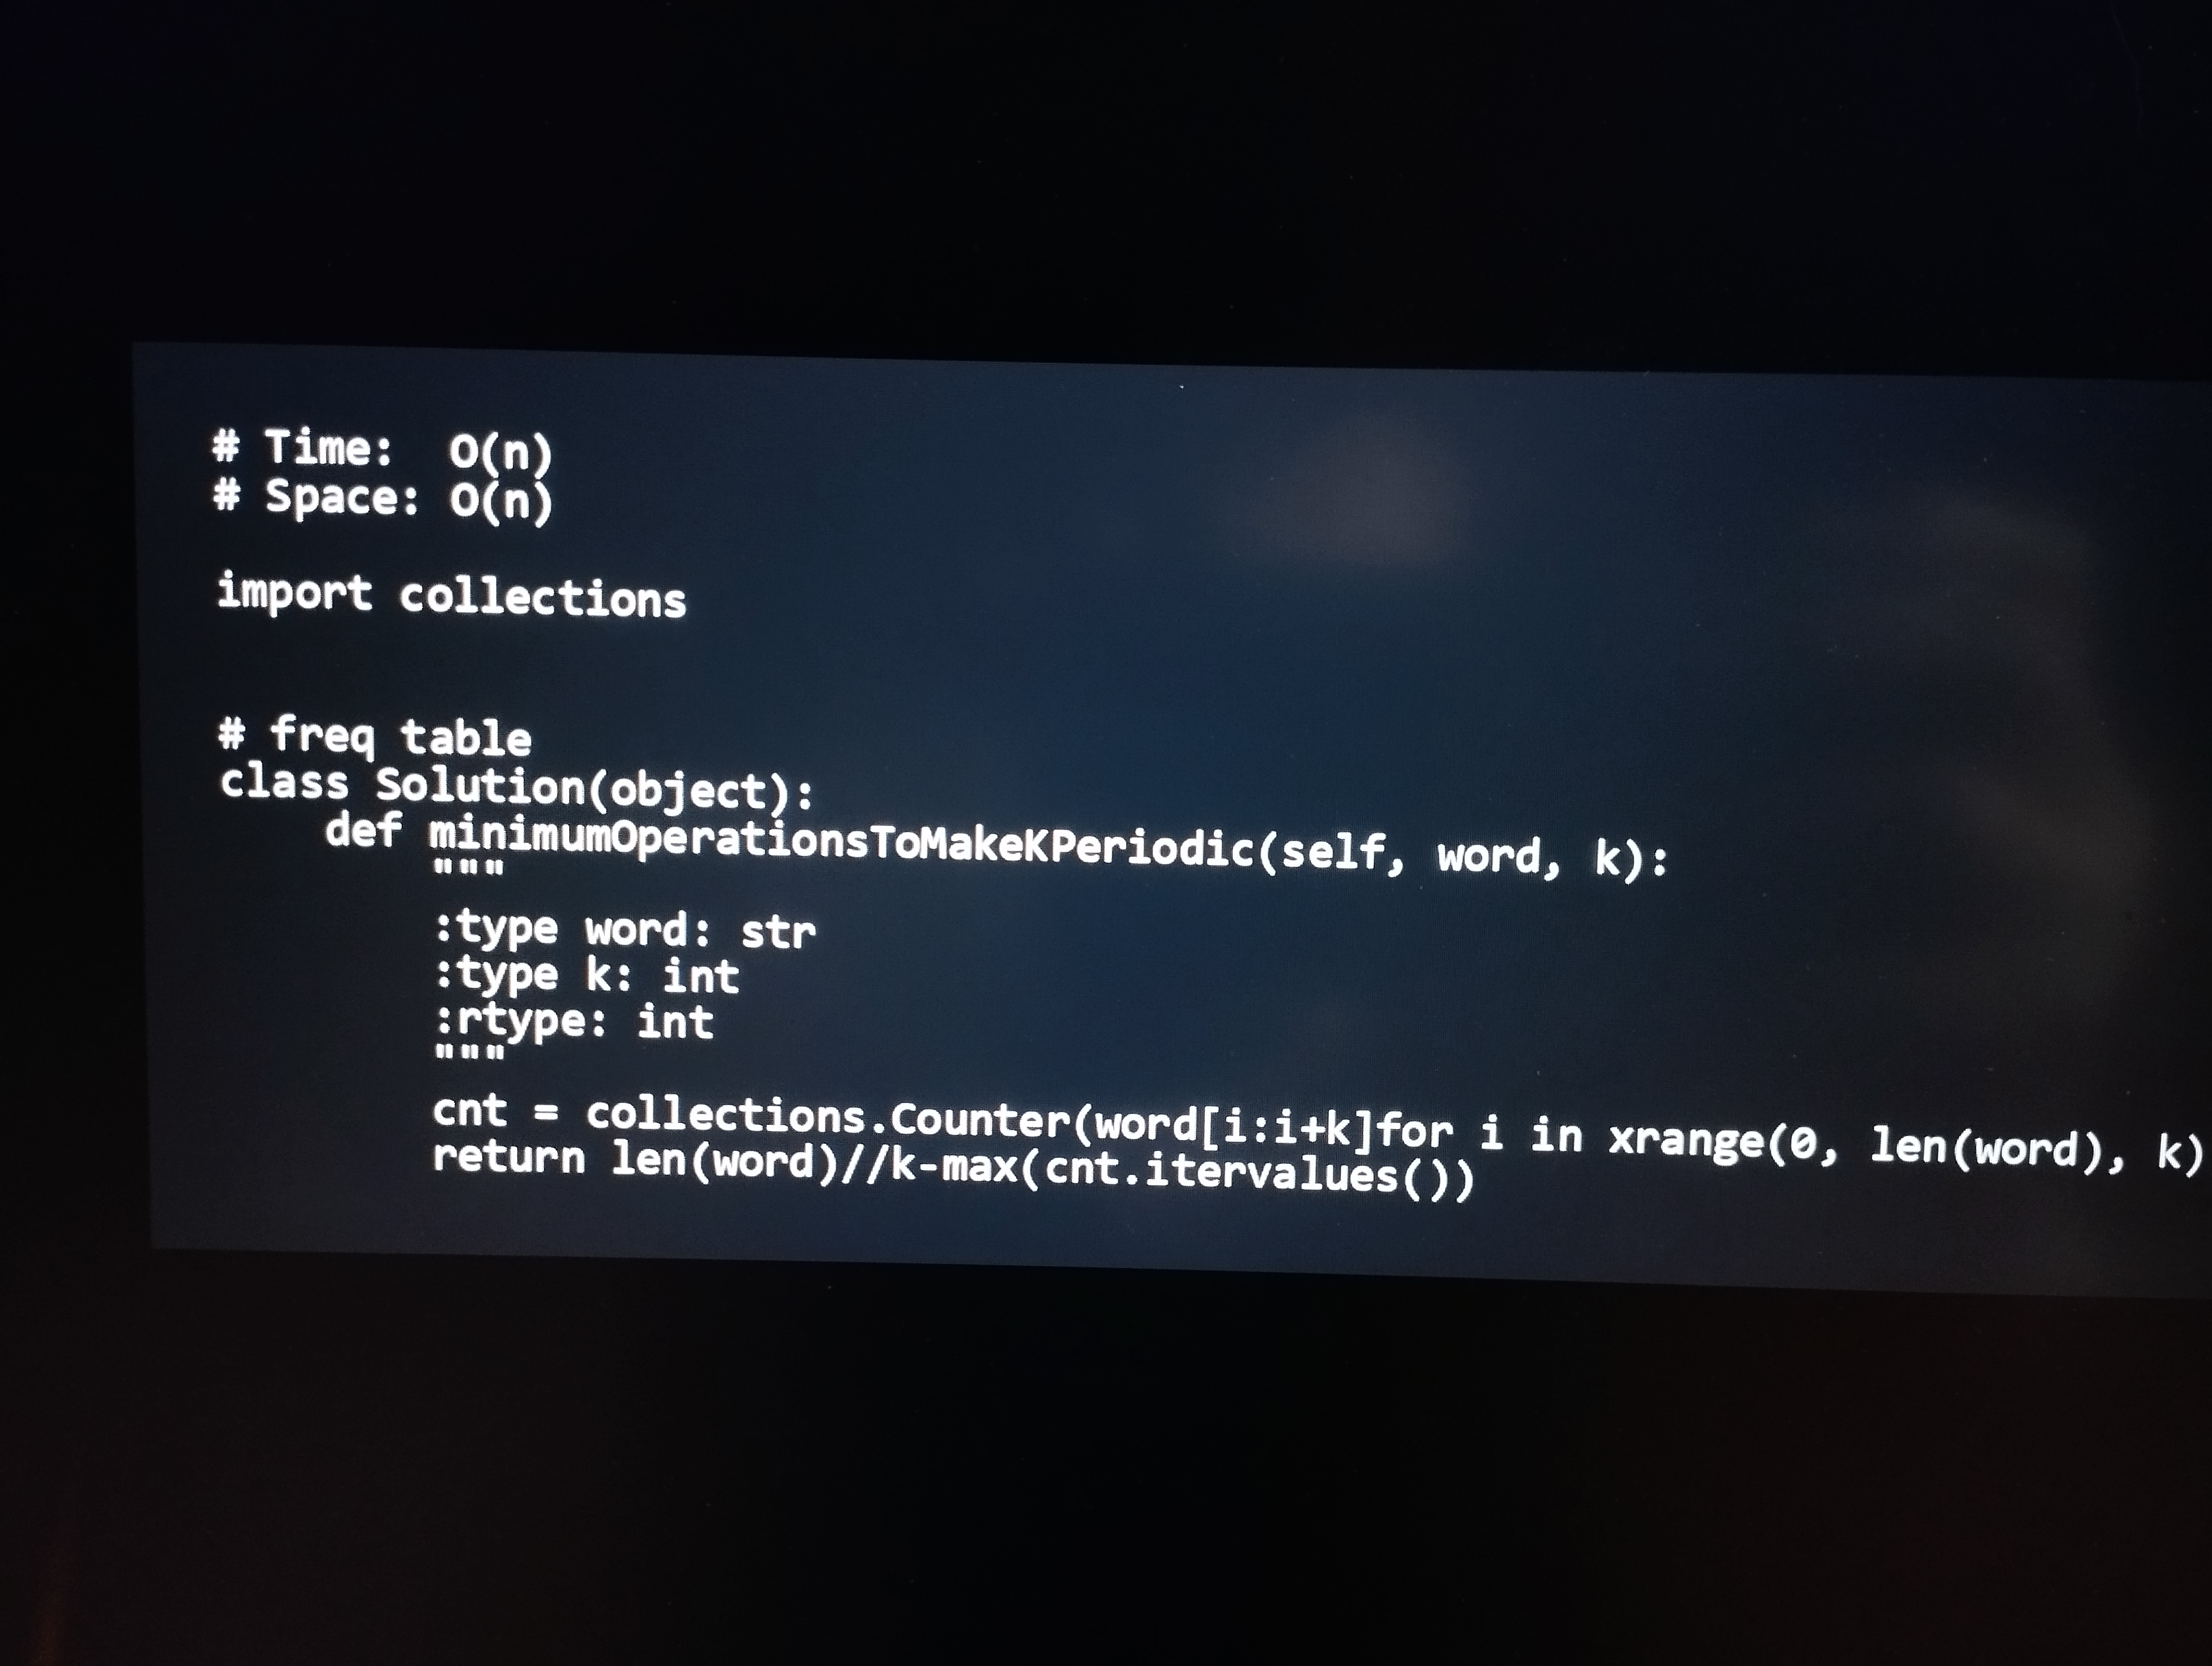
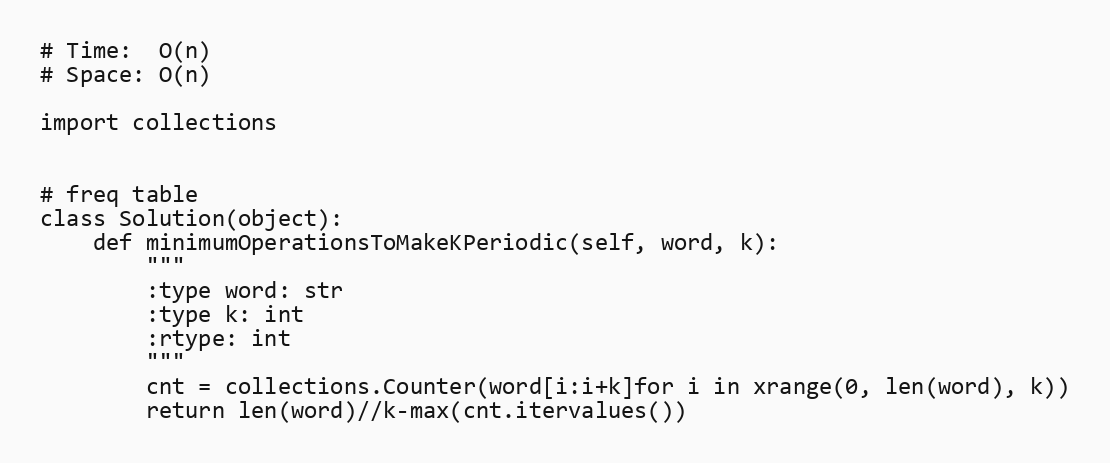
# Time:  O(n)
# Space: O(n)

import collections

# freq table
class Solution(object):
    def minimumOperationsToMakeKPeriodic(self, word, k):
        """
        :type word: str
        :type k: int
        :rtype: int
        """
        cnt = collections.Counter(word[i:i+k]for i in xrange(0, len(word), k))
        return len(word)//k-max(cnt.itervalues())